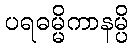
ပရဓမ္မိကာနမ္ပိ